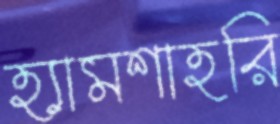
হ্যামশাহরি